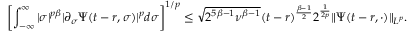
\left[ \int _ { - \infty } ^ { \infty } | \sigma | ^ { p \beta } | \partial _ { \sigma } \Psi ( t - r , \sigma ) | ^ { p } d \sigma \right] ^ { 1 / p } \leq \sqrt { 2 ^ { 5 \beta - 1 } \nu ^ { \beta - 1 } } ( t - r ) ^ { \frac { \beta - 1 } { 2 } } 2 ^ { \frac { 1 } { 2 p } } \| \Psi ( t - r , \cdot ) \| _ { L ^ { p } } .